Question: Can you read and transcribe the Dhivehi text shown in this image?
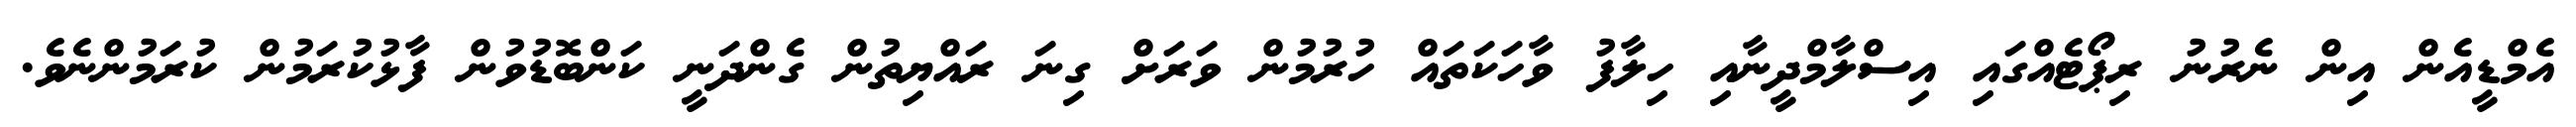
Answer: އެމްޑީއެން އިން ނެރުނު ރިޕޯޓެއްގައި އިސްލާމްދީނާއި ހިލާފު ވާހަކަތައް ހުރުމުން ވަރަށް ގިނަ ރައްޔިތުން ގެންދަނީ ކަންބޮޑުވުން ފާޅުކުރަމުން ކުރަމުންނެވެ.